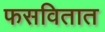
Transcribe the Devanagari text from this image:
फसवितात